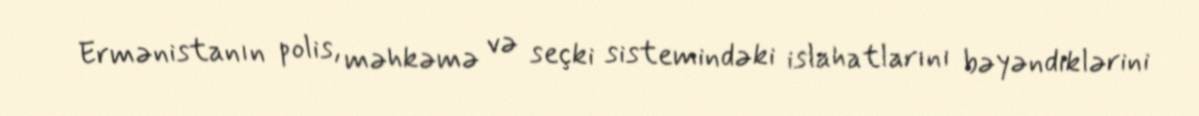
Ermənistanın polis, məhkəmə və seçki sistemindəki islahatlarını bəyəndiklərini